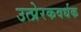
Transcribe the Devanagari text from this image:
उत्प्रेरकवर्धक